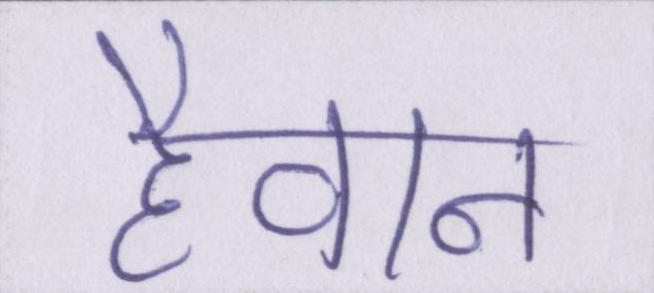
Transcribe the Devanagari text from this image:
हैवान